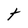
Character: t